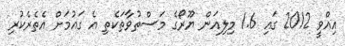
އިއްވީ 2012 ގައި 1.6 މިލިއަން ޔޫރޯގެ މަސްތުވާތަކެތި އެ ގައުމަށް އެތެރެކުރި